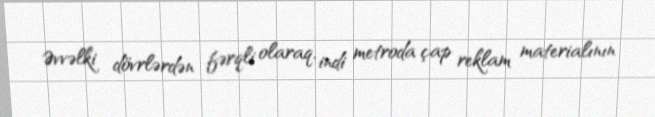
Əvvəlki dövrlərdən fərqli olaraq, indi metroda çap reklam materialının